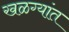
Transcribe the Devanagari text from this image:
खळग्यांत